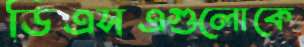
ডিএসএগুলোকে